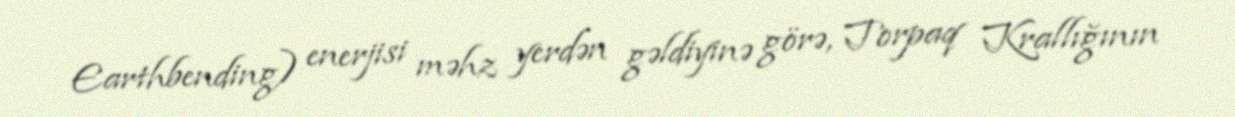
Earthbending) enerjisi məhz yerdən gəldiyinə görə, Torpaq Krallığının